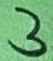
Text: 3